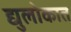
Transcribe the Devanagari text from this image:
द्युलोकात